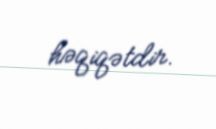
həqiqətdir.